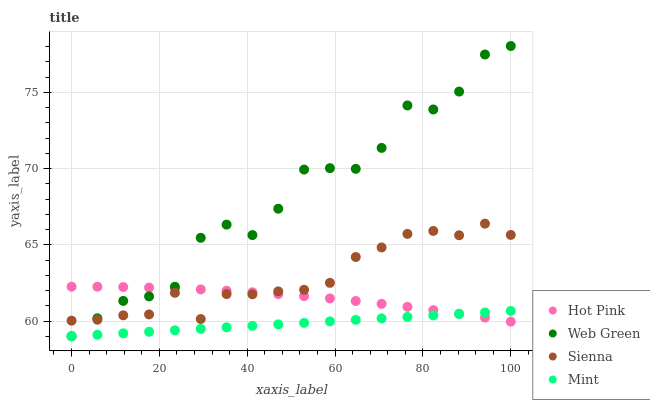
| xaxis_label | Hot Pink | Web Green | Sienna | Mint |
 | --- | --- | --- | --- | --- |
 | 0 | 62.3 | 59 | 60 | 59 |
 | 5.88 | 62.2 | 60.2 | 60.1 | 59.1 |
 | 11.8 | 62.2 | 61.3 | 60.4 | 59.2 |
 | 17.6 | 62.2 | 61.6 | 60.4 | 59.3 |
 | 23.5 | 62.1 | 62.2 | 61.8 | 59.4 |
 | 29.4 | 62.1 | 65.5 | 60.1 | 59.5 |
 | 35.3 | 62 | 66.3 | 61.8 | 59.6 |
 | 41.2 | 61.9 | 65.6 | 61.8 | 59.7 |
 | 47.1 | 61.8 | 67.4 | 61.9 | 59.8 |
 | 52.9 | 61.6 | 69.9 | 62 | 59.9 |
 | 58.8 | 61.5 | 70 | 62.5 | 60 |
 | 64.7 | 61.3 | 70 | 64.2 | 60.1 |
 | 70.6 | 61.1 | 71.4 | 64.8 | 60.2 |
 | 76.5 | 60.9 | 74.1 | 65.7 | 60.3 |
 | 82.4 | 60.7 | 73.9 | 65.9 | 60.4 |
 | 88.2 | 60.5 | 75.1 | 65.6 | 60.5 |
 | 94.1 | 60.2 | 77.5 | 66.4 | 60.6 |
 | 100 | 60 | 78 | 65.6 | 60.7 |